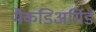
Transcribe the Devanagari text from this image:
मैकडिअर्मिड